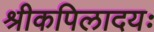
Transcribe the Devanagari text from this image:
श्रीकपिलादयः